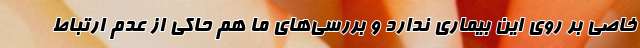
خاصی بر روی این بیماری ندارد و بررسی‌های ما هم حاکی از عدم ارتباط